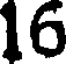
16